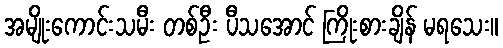
အမျိုးကောင်းသမီး တစ်ဦး ပီသအောင် ကြိုးစားချိန် မရသေး။